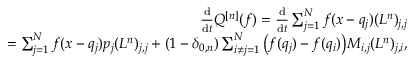
\begin{array} { r l r } & { } & { \frac { \mathrm { d } } { \mathrm { d } t } Q ^ { [ n ] } ( f ) = \frac { \mathrm { d } } { \mathrm { d } t } \sum _ { j = 1 } ^ { N } f ( x - q _ { j } ) ( L ^ { n } ) _ { j , j } } \\ & { } & { = \sum _ { j = 1 } ^ { N } f ( x - q _ { j } ) p _ { j } ( L ^ { n } ) _ { j , j } + ( 1 - \delta _ { 0 , n } ) \sum _ { i \neq j = 1 } ^ { N } \big ( f ( q _ { j } ) - f ( q _ { i } ) \big ) M _ { i , j } ( L ^ { n } ) _ { j , i } , } \end{array}